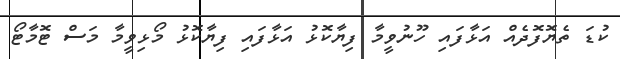
ކުޑަ ތެޔޮފޮދެއް އަޅާފައި ހޫނުވީމާ ފިޔާކޮޅު އަޅާފައި ފިޔާކޮޅު މޯޅިވީމާ މަސް ޓޮމާޓޯ